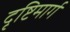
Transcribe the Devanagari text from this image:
दृष्टिमार्ग